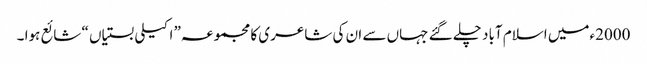
2000ءمیں اسلام آباد چلے گئے جہاں سے ان کی شاعری کا مجموعہ” اکیلی بستیاں “ شائع ہوا ۔